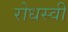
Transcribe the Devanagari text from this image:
रोधस्वी